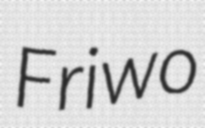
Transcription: Friwo